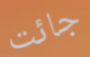
جائت